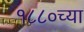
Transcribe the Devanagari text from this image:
१८८०च्या